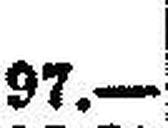
97.—